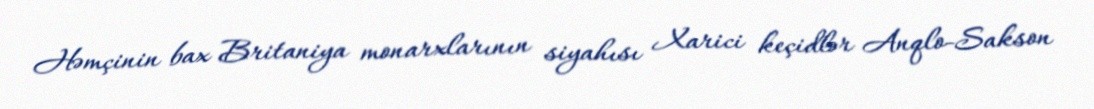
Həmçinin bax Britaniya monarxlarının siyahısı Xarici keçidlər Anqlo-Sakson